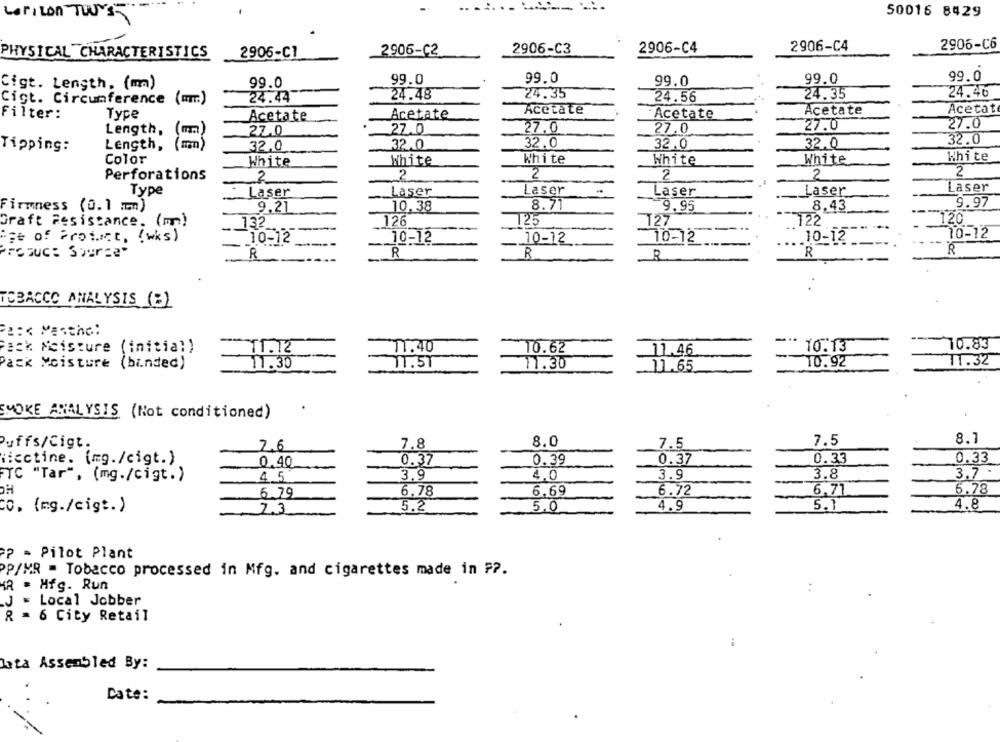
Lariton TWU'S
.......
50016 8429
2906-C6
2906-C2
2906-C3
2906-C4
2906-C4
PHYSICAL CHARACTERISTICS
2906-C1
99.0
99.0
99.0
99.0
99.0
Cigt. Length. (m)
99.0
24.48
24.35
24.35
24.40
Cigt. Circumference (mm)
24.44
24.56
Acetate
Acetate
Acetate
Filter:
Type
Acetate
Acetate
Acetate
27.0
27.0
Length,
27.0
27.0
27.0
27.0
32.0
Tipping:
Length,
32,0
32.0
32.0
32.0
32.0
Color
White
White
White
White
White
White
Perforations
2
2
2
2
2
Type
Laser
Laser
Laser
Laser
Laser
Laser
Firmness (0.1 mm)
9.21
10.38
8.71
9.95
8.43
9.97
Graft Resistance. (m)
126
125
127
122
120
. 132
"ge of Protect, (wks)
10-12
10-12
10-12
10-12
70-12
10-12
Fosuc: Source"
R
R
R
R
-
R
TOBACCO ANALYSIS (B)
Pa :< Marthe:
Fack Moisture (initial)
*** 10.13
10.83
11.12
_11.40
10.62
11.46
Pack Moisture (binded)
11.30
10.92
11.32
11.5T
11.30
11.65
SMOKE ANALYSIS (Not conditioned)
Puffs/Cigt.
2.6
7.8
8.0
7.5
7.5
8.1
iicctine. (mg./cigt.)
0.37
0.39
0.37
0.33
0.33
0.40
3.9
3.8
3.7
FTC "Tar", (mg./cigt.)
4.5
3.9
4,0
OH
6.72
6.78
6.79
6.78
6.69
6.71
Co. (mg./cigt.)
7.3
5.2
5.0
4.9
5.1
4.8
PP - Pilot Plant
PP/MR - Tobacco processed in Mfg. and cigarettes made in F ?.
KR . Hfg. Run
.J = Local Jobber
R = 6 City Retail
lata Assembled By:
Date: